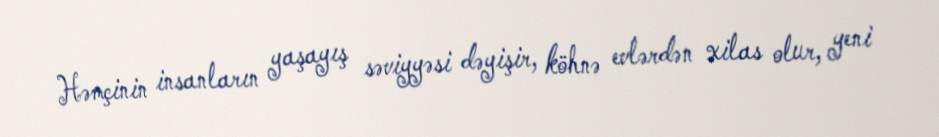
Həmçinin insanların yaşayış səviyyəsi dəyişir, köhnə evlərdən xilas olur, yeni